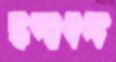
ছন্দানন্দ